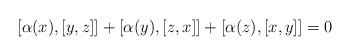
LaTeX: \begin{align*}\left[ \alpha(x),[y,z]\right] +\left[ \alpha(y),[z,x] \right] +\left[ \alpha(z),[x,y]\right] =0\end{align*}